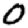
Digit: 0